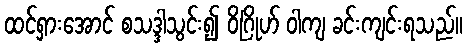
ထင်ရှားအောင် စသဒ္ဒါသွင်း၍ ဝိဂြိုဟ် ဝါကျ ခင်းကျင်းရသည်။